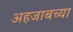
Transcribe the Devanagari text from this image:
अहजाबच्या